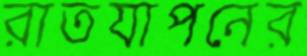
রাতযাপনের